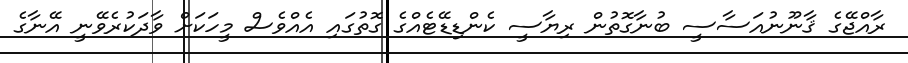
ރާއްޖޭގެ ޤާނޫނުއަސާސީ ބުނާގޮތުން ރިޔާސީ ކެންޑިޑޭޓެއްގެ ގޮތުގައި އެއްވެސް މީހަކަށް ވާދަކުރެވޭނީ އޭނާގެ